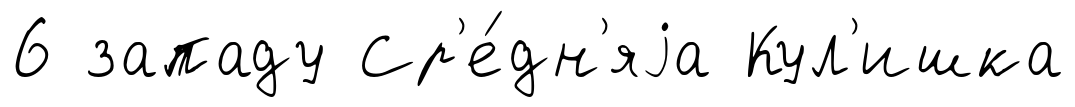
6 западу Ср'е́дн'яjа Кул'ишка